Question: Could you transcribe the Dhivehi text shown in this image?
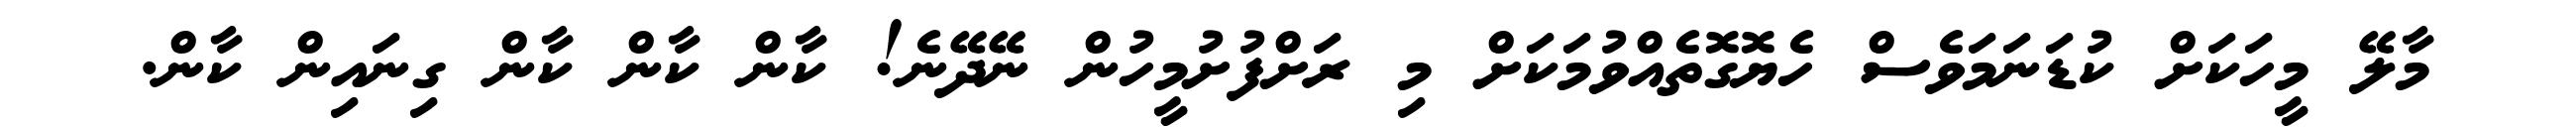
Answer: މާލޭ މީހަކަށް ކުޑަނަމަވެސް ހެޔޮގޮތެއްވުމަކަށް މި ރަށްފުށުމީހުން ނޭދޭނެ! ކާން ކާން ކާން ގިނައިން ކާން.